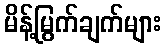
မိန့်မြွက်ချက်များ